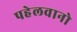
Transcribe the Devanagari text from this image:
पहेलवानो